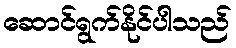
ဆောင်ရွက်နိုင်ပါသည်